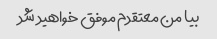
بیا من معتقدم موفق خواهید شد